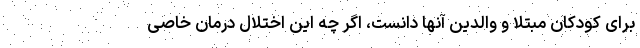
برای کودکان مبتلا و والدین آنها دانست، اگر چه این اختلال درمان خاصی